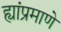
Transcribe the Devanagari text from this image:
ह्यांप्रमाणे